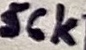
Text: 56k